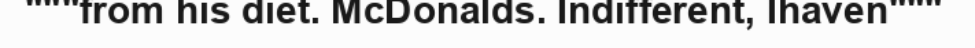
"""from his diet. McDonalds. Indifferent, Ihaven"""